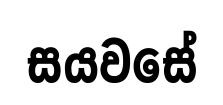
සයවසේ